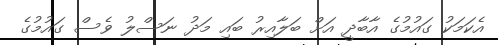
އެކަމަކު ގައުމުގެ އާބާދީ އަށް ބަލާއިރު ބައި މަދު ނަސްލު ވެސް ގައުމުގެ